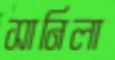
সানিলা